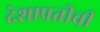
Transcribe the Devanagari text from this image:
देशाप्रतीची